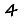
Digit: 4